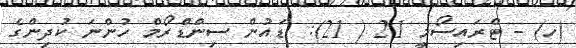
(ހ) - ޓްރައިސޯމީ 21 ( 21): ޑައުން ސިންޑްރޯމް ހުންނަ ކުދިންގެ